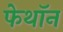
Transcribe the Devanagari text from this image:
फेथॉन